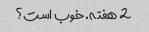
2 هفته. خوب است؟